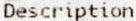
DESCRIPTION